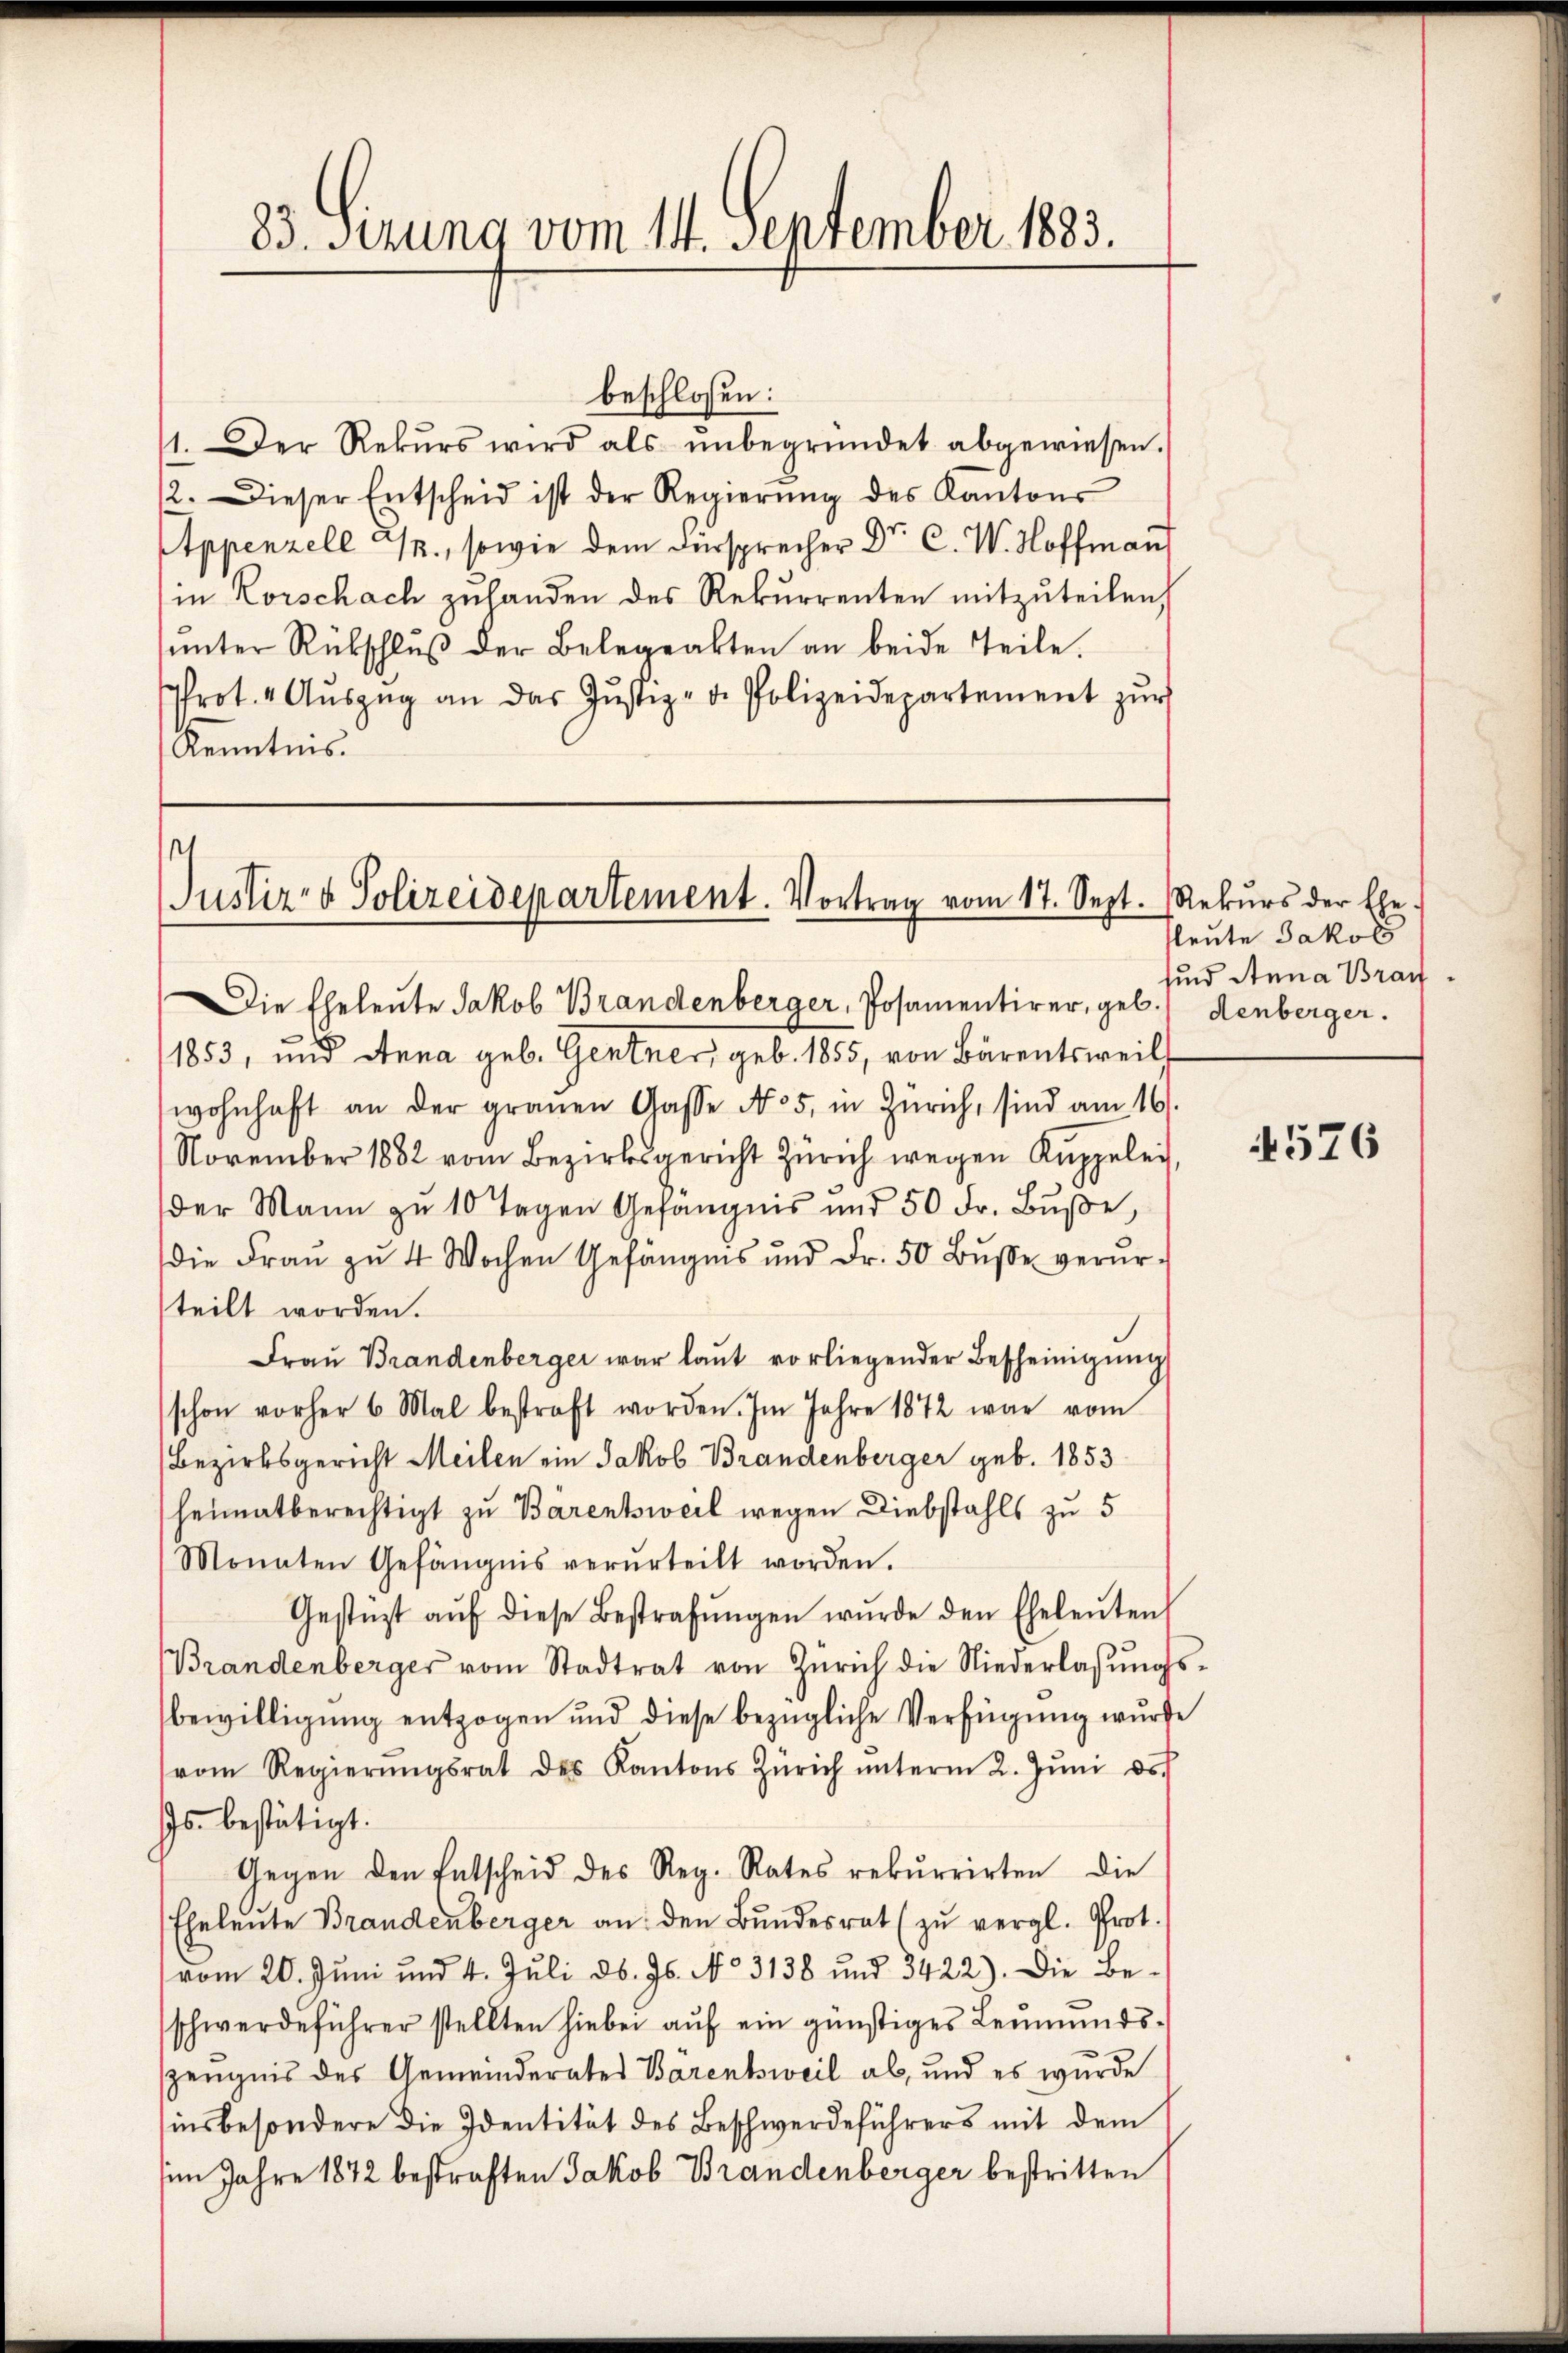
83. Setzung vom 14. September 1883.

1. Der Rekŭrs wird als ŭnbegründet abgewiesen.
12. Dieser Entscheid ist der Regierŭng des Kantons
Appenzell M., sowie dem Fürsprecher Dr. C. W. Hoffmann
in Korschach zuhanden des Rekurrenten mitzuteilen,
ŭnter Rückschlŭβ der Belegrakten an beide Teile.
Prot. 4 Aŭszŭg an das Jŭstiz- u. Polizeidepartement zŭr
Kenntnis.

beschlossen:

Qustiz- & Polizeidepartement. Vortrag vom 17. Sept. Rekŭrs der Ehe
Die Eheleute Jakob Brandenberger, Posamentirer, geb.) denberger.

1853, und Anna geb. Gentner, geb. 1855, von Bärentsweils
wohnhaft an der grauen Gasse No 5. in Zürich, sind am 16.
November 1882 vom Bezirksgericht Zürich wegen Kuppelei
der Mann zu 10 Tagen Gefängnis und 50 Fr. Bŭβe
die Frau zu 4 Wochen Gefängnis und Fr. 50 Bŭβe verursteilt worden.
Frau Brandenberger war laut vorliegender Bescheinigung
schon vorher 6 Mal bestraft worden. Im Jahre 1872 war vom
Bezirksgericht Meilen ein Jakob Brandenberger geb. 1853
heimatberechtigt zu Bärentsweil wegen Diebstahls zu 5
Monaten Gefängnis verurteilt worden.
Gestüzt aŭf diese Bestrafŭngen wŭrde den Eheleŭten
Brandenberger vom Stadtrat von Zürich die Niederlassŭngs-
bewilligung entzogen und diese bezügliche Verfügung wurde
(vom Regierŭngsrat des Kantons Zürich ŭnterm 2. Jŭni d.
Js. bestätigt.
Gegen den Entscheid des Reg. Rates rekurrirten die
Eheleute Brandenberger an: den Bundesrat (zu vergl. Prot.
vom 20. Jŭni und 4. Jŭli d. Js. No 3138 und 3422). Die Be-
schwerdeführer stellten hiebei aŭf ein günstiges Leŭmŭnds-
zeugnis des Gemeinderates Barentsweil ab, und es wurde
(insbesondere die Identität des Beschwerdeführers mit dem
im Jahre 1872 bestraften Jakob Brandenberger bestritten

fleute Jakobs
sind Anna Brau

576